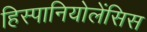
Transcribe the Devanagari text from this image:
हिस्पानियोलेंसिस